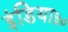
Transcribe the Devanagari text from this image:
इंडिया३०